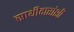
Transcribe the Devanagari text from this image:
साथीदारांशी